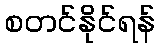
စတင်နိုင်ရန်